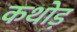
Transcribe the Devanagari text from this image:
कथोड़